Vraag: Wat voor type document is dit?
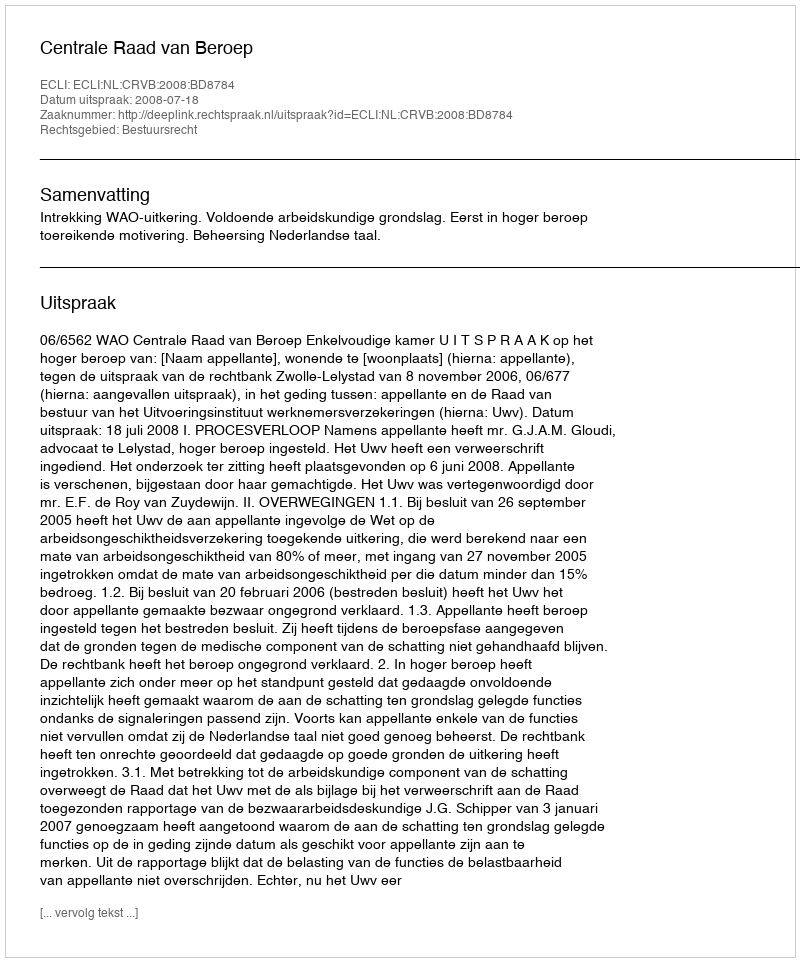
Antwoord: Uitspraak